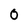
Character: 0